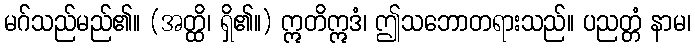
မဂ်သည်မည်၏။ (အတ္ထိ၊ ရှိ၏။) ဣတိဣဒံ၊ ဤသဘောတရားသည်။ ပညတ္တံ နာမ၊